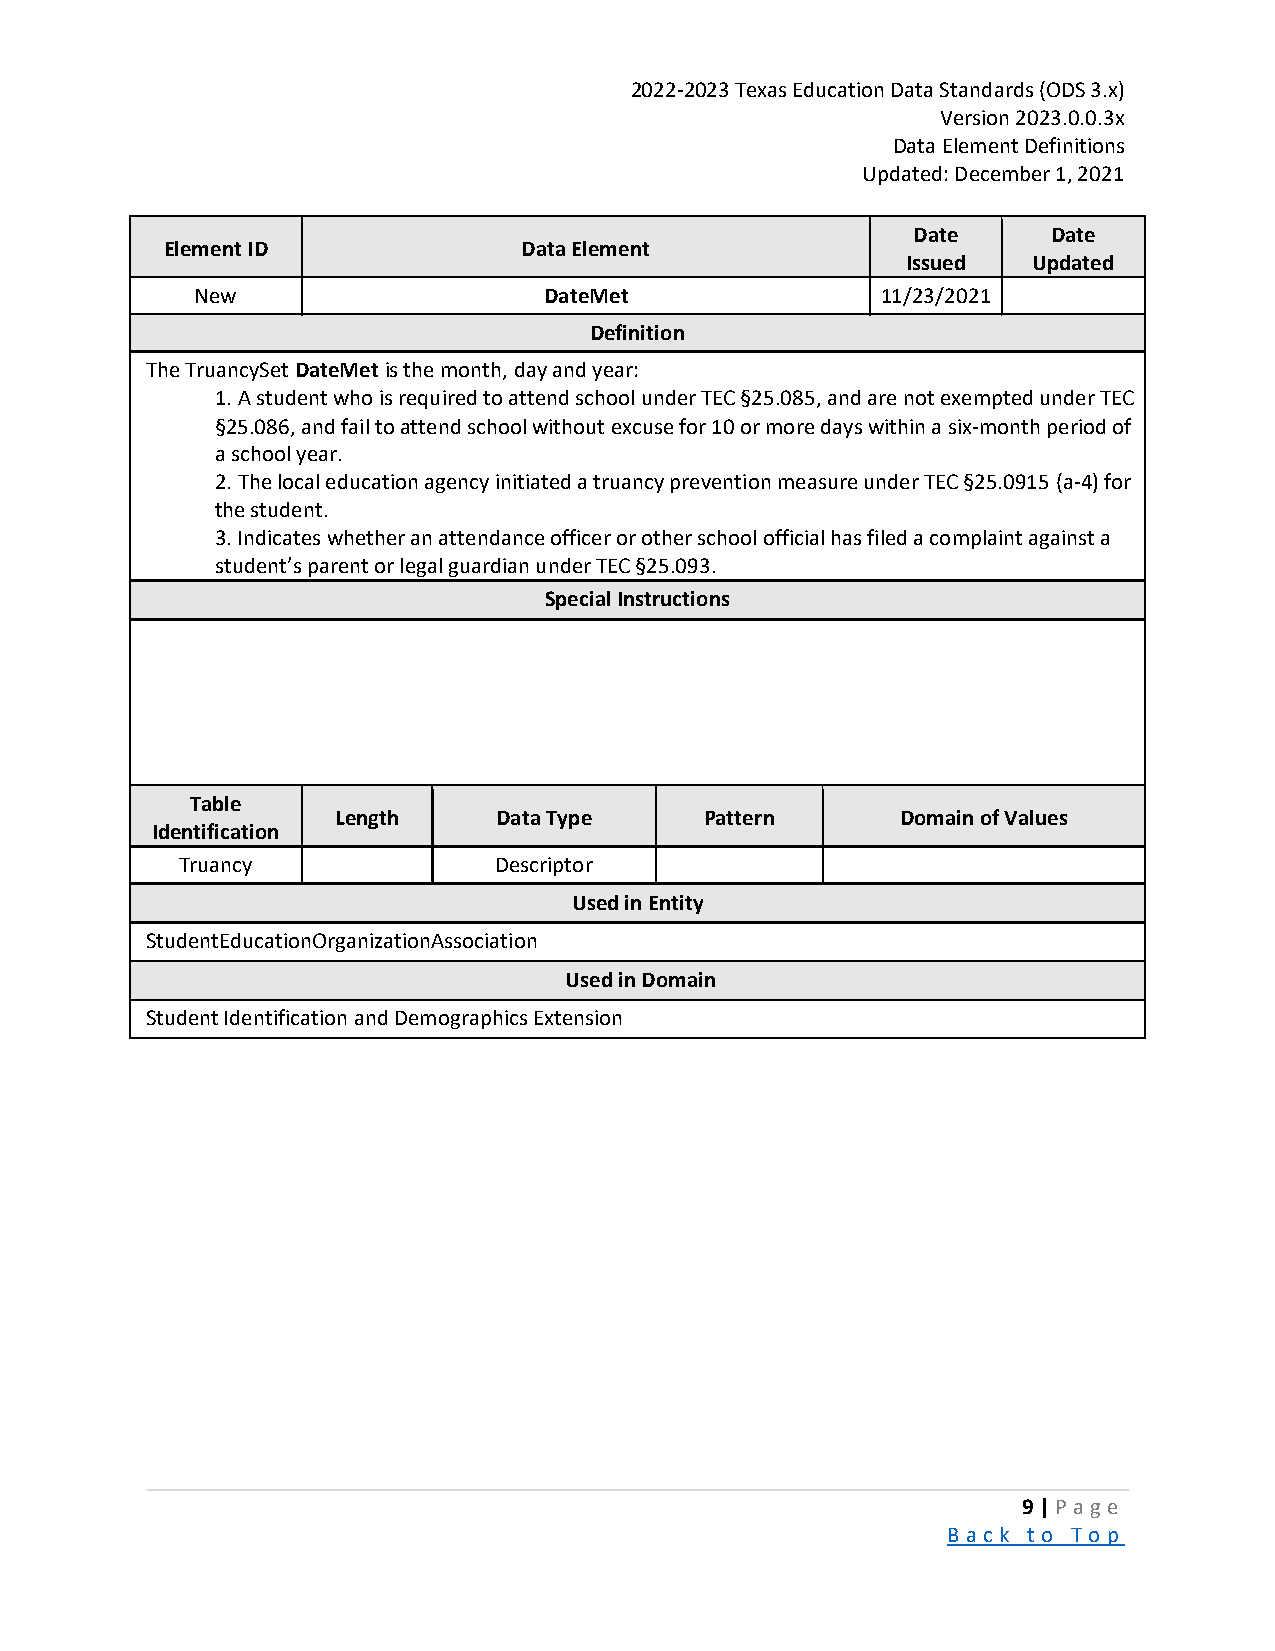
2022-2023 Texas Education Data Standards (ODS 3.x)
 Version 2023.0.0.3x
 Data Element Definitions
 Updated: December 1, 2021
 Date      Date
 Element ID              Data Element
 Issued  Updated
 New                    DateMet               11/23/2021
 Definition
 The TruancySet DateMet is the month, day and year:
 1. A student who is required to attend school under TEC §25.085, and are not exempted under TEC
 §25.086, and fail to attend school without excuse for 10 or more days within a six-month period of
 a school year.
 2. The local education agency initiated a truancy prevention measure under TEC §25.0915 (a-4) for
 the student.
 3. Indicates whether an attendance officer or other school official has filed a complaint against a
 student’s parent or legal guardian under TEC §25.093.
 Special Instructions
 Table
 Length     Data Type     Pattern      Domain of Values
 Identification
 Truancy              Descriptor
 Used in Entity
 StudentEducationOrganizationAssociation
 Used in Domain
 Student Identification and Demographics Extension
 9 | P a ge
 B a ck to To p